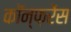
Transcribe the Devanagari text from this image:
काॅन्फ़रेंस